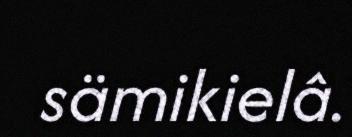
sämikielâ.